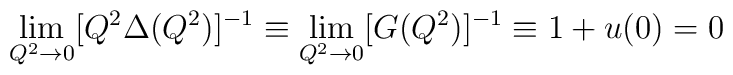
\lim_{Q^2 \rightarrow 0} [Q^2 \Delta(Q^2)]^{-1} \equiv  \lim_{Q^2 \rightarrow 0} [G(Q^2)]^{-1}\equiv 1+u(0) = 0